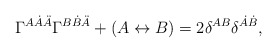
\begin{align*}\Gamma^{A\dot{A}\ddot{A}} \Gamma^{B\dot{B}\ddot{A}} +(A\leftrightarrow B) = 2 \delta^{AB} \delta^{\dot{A}\dot{B}},\end{align*}